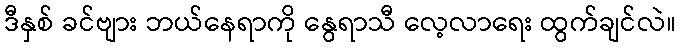
ဒီနှစ် ခင်ဗျား ဘယ်နေရာကို နွေရာသီ လေ့လာရေး ထွက်ချင်လဲ။